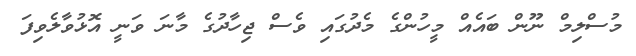
މުސްލިމް ނޫން ބައެއް މީހުންގެ މެދުގައި ވެސް ޖިހާދުގެ މާނަ ވަނީ އޮޅުވާލެވިފަ